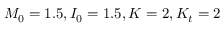
M _ { 0 } = 1 . 5 , I _ { 0 } = 1 . 5 , K = 2 , K _ { t } = 2